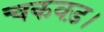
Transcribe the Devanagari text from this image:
चकवड़।